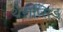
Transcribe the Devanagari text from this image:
थेराप्सिड